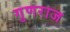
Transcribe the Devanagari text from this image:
गुणराज